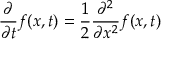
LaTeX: { \frac { \partial } { \partial t } } f ( x , t ) = { \frac { 1 } { 2 } } { \frac { \partial ^ { 2 } } { \partial x ^ { 2 } } } f ( x , t )